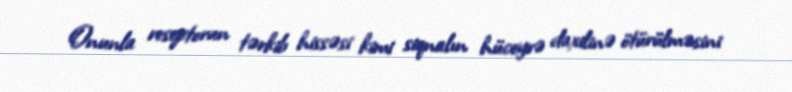
Onunla reseptorun tərkib hissəsi kimi siqnalın hüceyrə daxilinə ötürülməsini